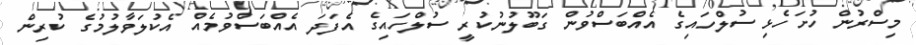
މިސްރުން ހުށަހެޅި ސުލްހައިގެ އެއްބަސްވުން ގަބޫލުނުކުރީ ސުލްހައިގެ އެފަދަ އެއްބަސްވުމެއް އެކުލަވާލުމުގެ ކުރިން